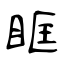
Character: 眶